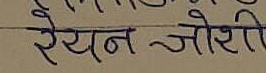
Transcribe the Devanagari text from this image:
रैयन जोशी